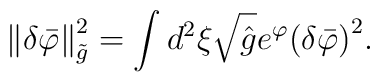
\left\|\delta{\bar{\varphi}}\right\|^2_{\tilde{g}}=\int{d^2}\xi\sqrt{\hat{g}}{e^{\varphi}}{{(\delta{\bar{\varphi}})}^2}.